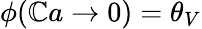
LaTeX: \phi(\mathbb{C}a\to0)=\theta_{V}